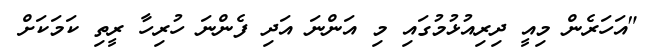
"އަހަރެން މިއީ ދިރިއުޅުމުގައި މި އަންނަ އަދި ފެންނަ ހުރިހާ ރީތި ކަމަކަށް